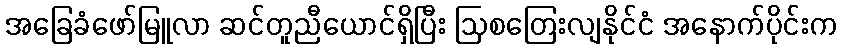
အခြေခံဖော်မြူလာ ဆင်တူညီယောင်ရှိပြီး ဩစတြေးလျနိုင်ငံ အနောက်ပိုင်းက